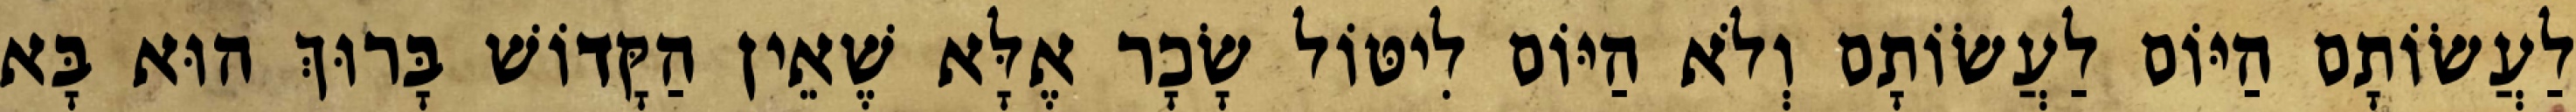
לַעֲשׂוֹתָם הַיּוֹם לַעֲשׂוֹתָם וְלֹא הַיּוֹם לִיטּוֹל שָׂכָר אֶלָּא שֶׁאֵין הַקָּדוֹשׁ בָּרוּךְ הוּא בָּא